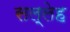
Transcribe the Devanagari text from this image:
सल्लेह